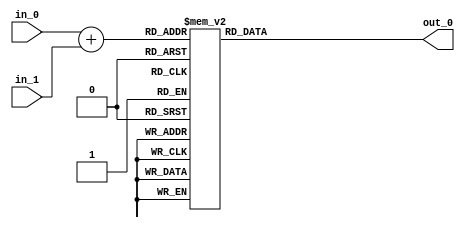
module test(in_0,in_1,out_0);
	input [2:0]in_0,in_1;
	output [6:0] out_0;

	reg [6:0] out_0;
	reg [3:0] temp;
	
	always@(in_0 or in_1)
		begin
		{temp}=in_0+in_1;
		case(temp)
			4'b0000: begin
				out_0=7'b1000000;
			end
			
			4'b0001: begin
				out_0=7'b1111001;
			end
			
			4'b0010: begin
				out_0=7'b0100100;
			end
			4'b0011: begin
				out_0=7'b0110000;
			end
			4'b0100: begin
				out_0=7'b0011001;
			end
			
			4'b0101: begin
				out_0=7'b0010010;
			end
			
			4'b0110: begin
				out_0=7'b0000010;
			end
			
			4'b0111: begin
				out_0=7'b1111000;
			end
			
			4'b1000: begin
				out_0=7'b0000000;
			end
			
			4'b1001: begin
				out_0=7'b0010000;
			end
			
			4'b1010: begin
				out_0=7'b0001000;
			end
			
			4'b1011: begin
				out_0=7'b0000011;
			end
			
			
			4'b1100: begin
				out_0=7'b1000110;
			end
		
			4'b1101: begin
				out_0=7'b0100001;
			end
			
			4'b1110: begin
				out_0=7'b0000110;
			end
			
			4'b1111: begin
				out_0=7'b0001110;
			end
		
		endcase
		end
endmodule